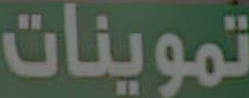
تموينات